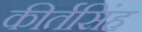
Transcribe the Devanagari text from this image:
कीर्तसिंह